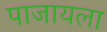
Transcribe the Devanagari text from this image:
पाजायला